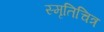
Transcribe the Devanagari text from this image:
स्मृतिचित्र